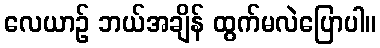
လေယာဉ် ဘယ်အချိန် ထွက်မလဲပြောပါ။